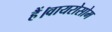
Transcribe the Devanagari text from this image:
हैं।वायरोसोम